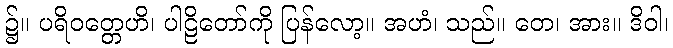
၌။ ပရိဝတ္တေဟိ၊ ပါဠိတော်ကို ပြန်လော့။ အဟံ၊ သည်။ တေ၊ အား။ ဒိဝါ၊